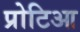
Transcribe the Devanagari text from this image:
प्रोटिआ